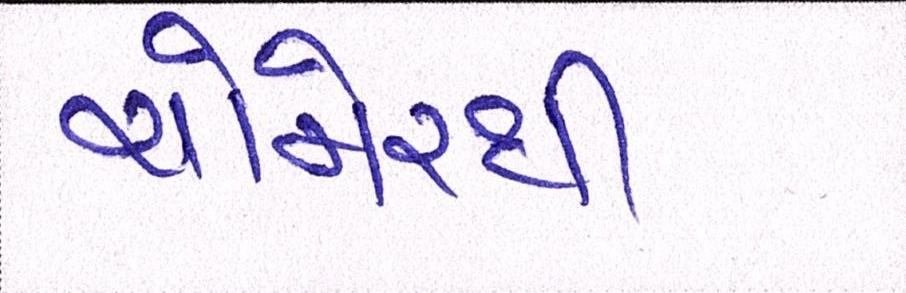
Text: ચોમેરથી